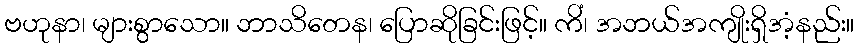
ဗဟုနာ၊ များစွာသော။ ဘာသိတေန၊ ပြောဆိုခြင်းဖြင့်။ ကိံ၊ အဘယ်အကျိုးရှိအံ့နည်း။